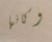
وكانها